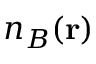
n _ { B } ( { \bf r } )